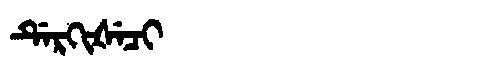
Manchu: ᡩᡝᡵᡴᡳᡧᡝᠴᡳ
Romanization: DERKIŠECI